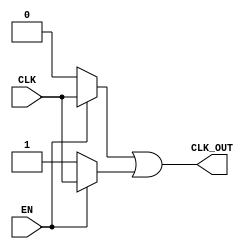
module clock_gating (
    input wire CLK,         // Primary clock signal
    input wire EN,          // Enable signal
    output wire CLK_OUT     // Gated clock output
);

    wire EN_B;             // Inverted enable signal

    // NOT gate to invert the enable signal
    assign EN_B = ~EN;

    // Transmission Gate Implementation
    wire NMOS_out, PMOS_out;

    // NMOS transistor (pass gate)
    assign NMOS_out = (EN) ? CLK : 1'b0; // NMOS passes CLK when EN is high

    // PMOS transistor (pass gate)
    assign PMOS_out = (EN_B) ? 1'b1 : CLK; // PMOS passes VDD when EN is low

    // Combine outputs of NMOS and PMOS
    assign CLK_OUT = NMOS_out | PMOS_out; // Gated clock output

endmodule